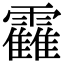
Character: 靃